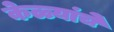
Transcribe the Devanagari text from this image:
केळ्यांचे